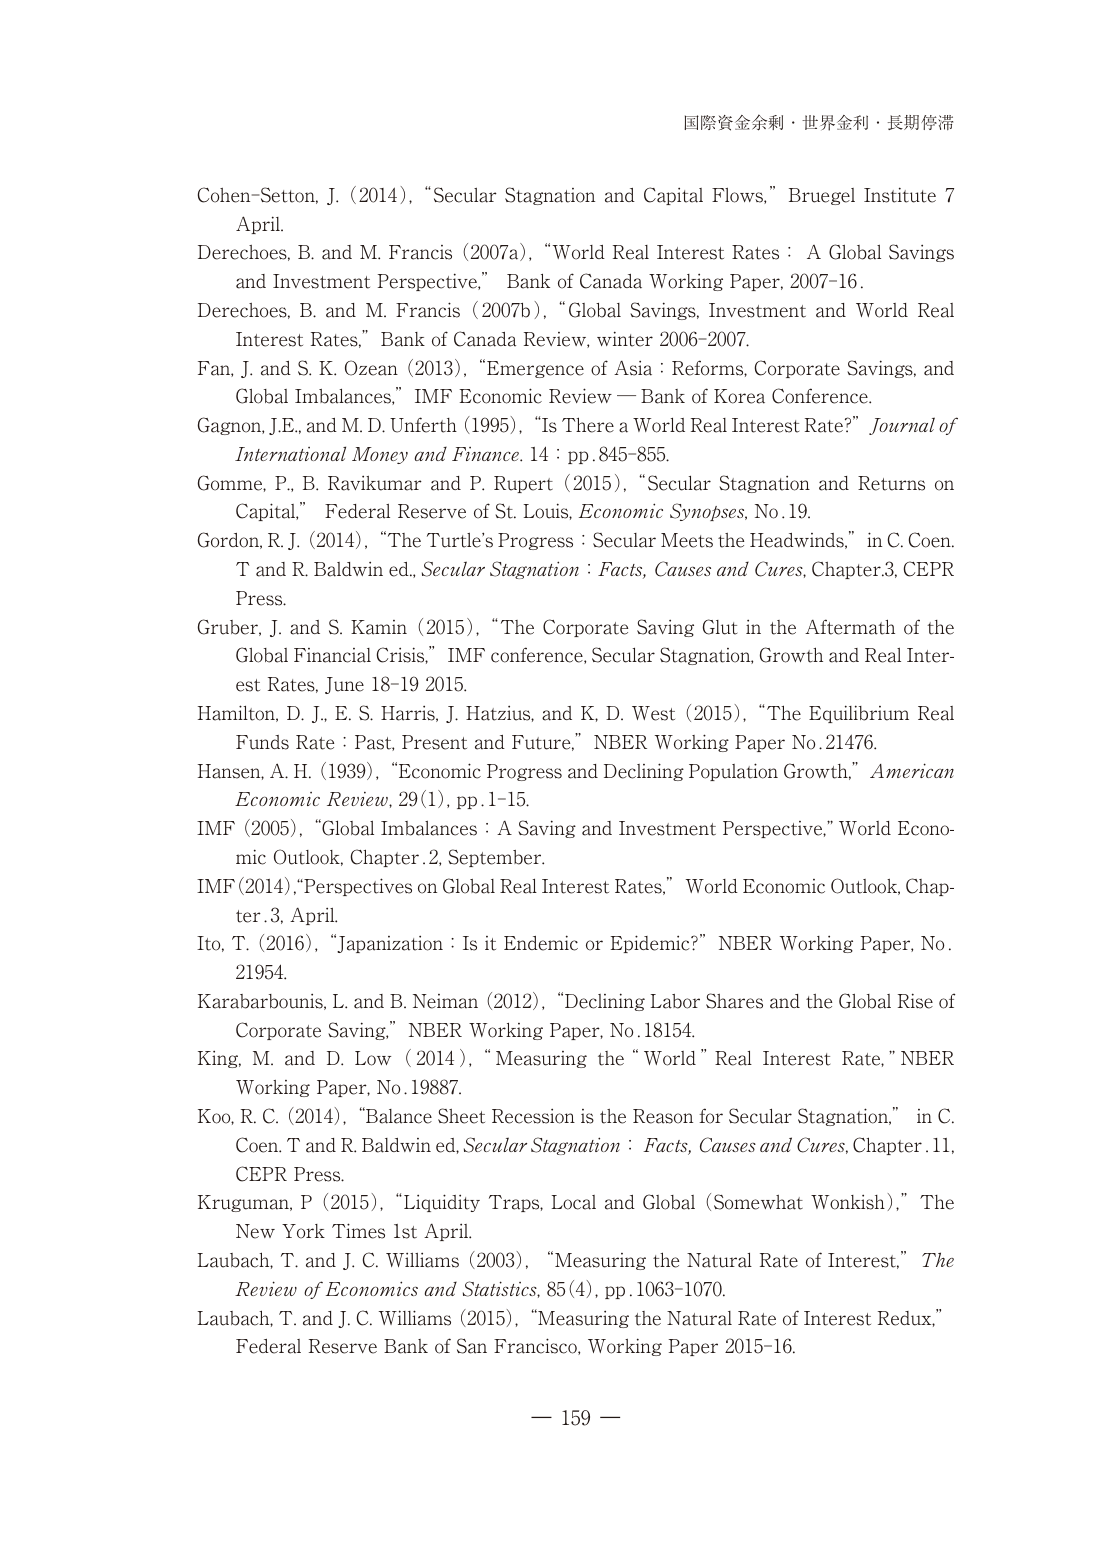
国際資金余剰・世界金利・長期停滞

Cohen-Setton, J. (2014), “Secular Stagnation and Capital Flows,” Bruegel Institute 7 April.

Derechoes, B. and M. Francis (2007a), “World Real Interest Rates : A Global Savings and Investment Perspective,” Bank of Canada Working Paper, 2007-16.

Derechoes, B. and M. Francis (2007b), “Global Savings, Investment and World Real Interest Rates,” Bank of Canada Review, winter 2006-2007.

Fan, J. and S. K. Ozean (2013), “Emergence of Asia : Reforms, Corporate Savings, and Global Imbalances,” IMF Economic Review — Bank of Korea Conference.

Gagnon, J.E., and M. D. Unferth (1995), “Is There a World Real Interest Rate?” Journal of International Money and Finance. 14 : pp. 845-855.

Gomme, P., B. Ravikumar and P. Rupert (2015), “Secular Stagnation and Returns on Capital,” Federal Reserve of St. Louis, Economic Synopses, No. 19.

Gordon, R. J. (2014), “The Turtle’s Progress : Secular Meets the Headwinds,” in C. Coen. T and R. Baldwin ed., Secular Stagnation : Facts, Causes and Cures, Chapter.3, CEPR Press.

Gruber, J. and S. Kamin (2015), “The Corporate Saving Glut in the Aftermath of the Global Financial Crisis,” IMF conference, Secular Stagnation, Growth and Real Interest Rates, June 18-19 2015.

Hamilton, D. J., E. S. Harris, J. Hatzius, and K. D. West (2015), “The Equilibrium Real Funds Rate : Past, Present and Future,” NBER Working Paper No. 21476.

Hansen, A. H. (1939), “Economic Progress and Declining Population Growth,” American Economic Review, 29(1), pp. 1-15.

IMF (2005), “Global Imbalances : A Saving and Investment Perspective,” World Economic Outlook, Chapter. 2, September.

IMF (2014), “Perspectives on Global Real Interest Rates,” World Economic Outlook, Chapter. 3, April.

Ito, T. (2016), “Japanization : Is it Endemic or Epidemic?” NBER Working Paper, No. 21954.

Karabarbounis, L. and B. Neiman (2012), “Declining Labor Shares and the Global Rise of Corporate Saving,” NBER Working Paper, No. 18154.

King, M. and D. Low (2014), “Measuring the “World” Real Interest Rate,” NBER Working Paper, No. 19887.

Koo, R. C. (2014), “Balance Sheet Recession is the Reason for Secular Stagnation,” in C. Coen. T and R. Baldwin ed, Secular Stagnation : Facts, Causes and Cures, Chapter.11, CEPR Press.

Kruguman, P (2015), “Liquidity Traps, Local and Global (Somewhat Wonkish),” The New York Times 1st April.

Laubach, T. and J. C. Williams (2003), “Measuring the Natural Rate of Interest,” The Review of Economics and Statistics, 85(4), pp. 1063-1070.

Laubach, T. and J. C. Williams (2015), “Measuring the Natural Rate of Interest Redux,” Federal Reserve Bank of San Francisco, Working Paper 2015-16.

— 159 —